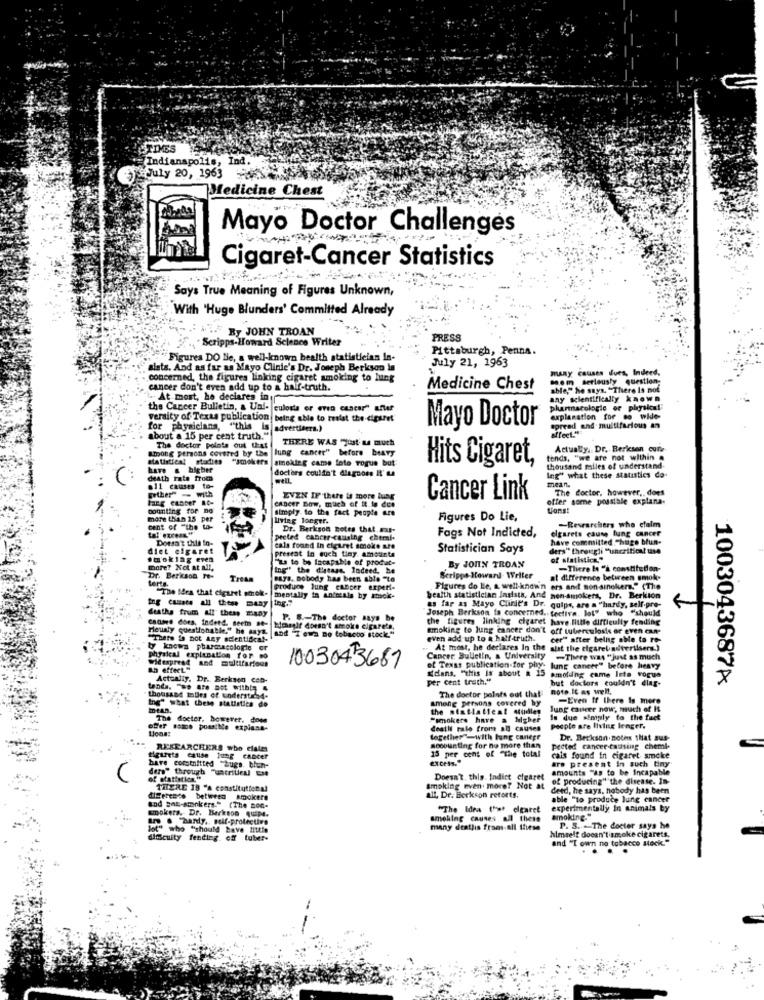
TIMES
Indianapolis, Ind.
July 20, 1963
Medicine Chest
Mayo Doctor Challenges
Cigaret-Cancer Statistics
Says True Meaning of Figures Unknown,
With 'Huge Blunders' Committed Already
By JOHN TROAN
Scripps-Howard Science Writer
PRESS
Pittsburgh, Penna.
"Figures DO Ne, a well-known bealth statistician In-
sists. And as far as Mayo Clinic's Dr. Joseph Berkson in
July 21, 1963
many causes dues, Indeed.
concerned, the figures linking cigaret smoking to lung
mem setleusty question
cancer don't even add up to a half-truth.
Medicine Chest
able," he says. "There Is not
" At most, he deciares in
any scientifically known
the Cancer Bulletin, & Uni- culosis or even cancer" after
pharmacologie or physical
veraity of Texas publication being able to resist the cigaret
Mayo Doctor
explanation for so wide-
for physicians, "this
is advertisers.)
affect."
ipread and multifarious an
about a 15 per cent truth."
THERE WAS Just's muth
among persons covered by the
The doctor polata out that
lung cancer" before beAvy
Actually, Dr. Bericson cute
statistical stadies
smoking came foto rogue but
Hits Cigaret,
tends, "we are not within
have & higher
doctors couldn't dlagnoss It' LA
thousand miles of understand-
death rate from
Ing" what these statistics do-
mean.
$11 causes to-
The doctor, however ,, does
cancer Bow, much of it le dee
EVEN IF there is more lung
Cancer Link
offer some possible explana-
counting for no
simply to the fact people are
Const
more than 15 per
living longer.
Figures Do Lie,
-Researchers who claim
cent of "the to-
Dr. Berkson Botes that aus-
elgarets cause lung cancer
Doesn't this in.
preted Cancer -Causing chtmal-
Fags Not Indicted,
have committed "hugo blun-
diet cigaret
cala found In cigaret smoke are
present in such tiny amounts
Statistician Says
ders" theeugli "uncritical use
smoking even
"La to be lacapable of produt-
of statistics."
more? Not at &T,
Ing"' the distass. Indeed, he
By JOHN TROAN
-Tliere be "a constitution-
Dr. Bericson 7-
Tream
pays. nobody has been able "to
Scripps Howard Weller
al difference between smoke
-The Idea that cigaret smok-
Figures do Le. a. well-known ers and non-sinoker." (The
mentally in animals by amck-
health statistician Insists, And non-smokers, Dr. Berkion
ing casats all these maay
deaths from all these many
Joseph Berkson fa concerned .. tective. lot" who "should
as far as Mayo Clinic's Dr. quips, are = "hardy, self-pre-
+
candes does, Indetd. seem Be-
P. S .- The doctor says be
the figures linking cigaret have little difficulty fending
Hourly questionable," he says.
kimesit doesn't amois cigarets,
smoking to lung cancer don't off tuberculosis or even con-
"There is not Any scientifica !-
and Tewa no tobacco stock."
even add up to a half -truth.
cer" after belig able to re-
ty knowa pharmacologie or
At most, he declares In the alat the cigarelauterilsers.)
widespread and multifarious
physical explanation for
Cancer Bulletin, a University
-There was "just as much
ah effect"
1003043667
of Texas publication for phy- lung cancer" before heavy
Actually, Dr ., Berksen Con-
Edans, "this Is about a 15 amolding came Into vogue
per cent trach."
but doctors couldn't diar-
1003043687A
Lands. "we are not withly 4
The doctor polots out that
note IC as well,
Ing" what thesg statistics do
thousand tables of understand-
among persons covered by
-Even If there is more
mtan.
the statistical studies
lung cancer now, much of It
The docter, however. does
"smokers have a higher
is due siniply to the fact
offer some possible explana-
deathi rale frome al causes
people are living lenger.
together"with lung cancer
Dr. Beckson. Boten that sus-
RESEARCHERS who clales
socounting for no more than
15 per cent of "The total
pected cancer-causing chemie
bare comotnitted "Zugs. bhun-
tigurets cause lung cancer
are present in such tiny
cals found in cigaret smoke
ders" through "uncritical Ese
amounts "As to be Incapable
of otattention."
Doesn't, this. Indict cigaret
of producing""the disease. In-
THERE 18 "a constitutional
smoking even more? Not at
deed, he says, nobody has been
diSettece between smokers
all, Dr. Berkson retorts.
able "to produce lung cancer
and gas-sconkers." (The non-
smokers. Dr. Berkson quipe.
"The Idea that clearet
experimentally In animals by
. Dany, self-protective
smoking causes all these
smoking."
Jot" who "should have little
many deatlis from all these
P. S. - The doctor says he
dificulty fending. off tuber-
himself docan't smoke cigarets.
and "I own no tobacco stock."